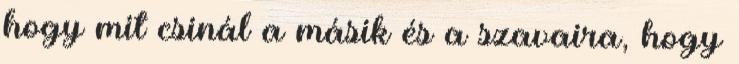
hogy mit csinál a másik és a szavaira, hogy